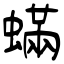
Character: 蟎